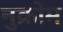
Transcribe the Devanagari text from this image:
नुक्रोम